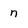
Character: n